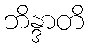
ဘိန္ဒာတိ